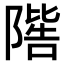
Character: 𨼄